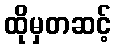
ထိုမှတဆင့်